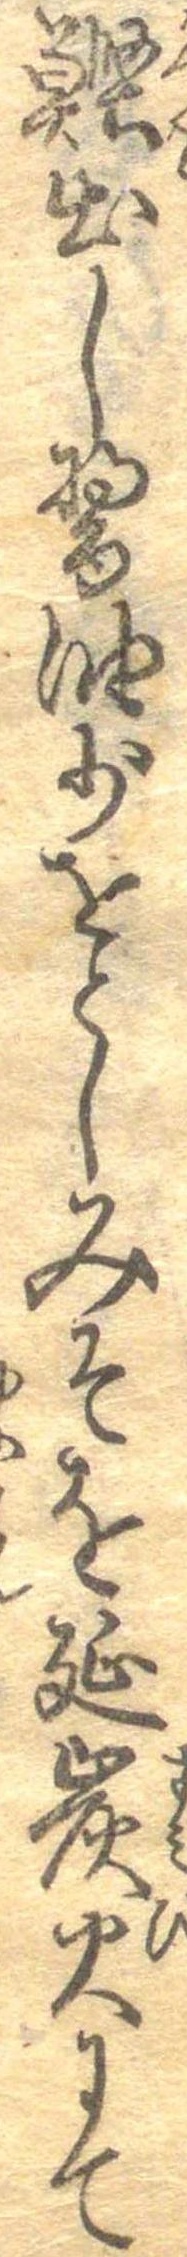
鰹出し醤油少をとしみそを延炭火にて